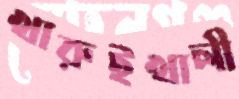
খারুইখালী